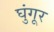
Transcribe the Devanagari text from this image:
घुंगूर